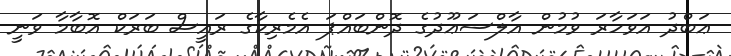
ޢަބްދު އަވަހާރަ ވުމުން އާލްސަޢޫދުގެ ދޮންބައްޕަ އެމެރިކާގެ ރައީސް ބަރަކް އޮބާމާ ވަނީ